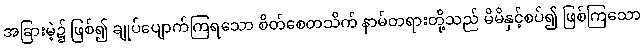
အခြားမဲ့၌ ဖြစ်၍ ချုပ်ပျောက်ကြရသော စိတ်စေတသိက် နာမ်တရားတို့သည် မိမိနှင့်စပ်၍ ဖြစ်ကြသော